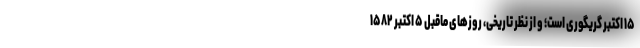
۱۵ اکتبر گریگوری است؛ و از نظر تاریخی، روزهای ماقبل ۵ اکتبر ۱۵۸۲